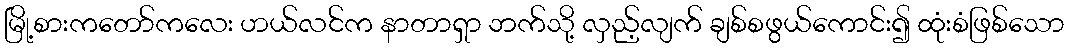
မြို့စားကတော်ကလေး ဟယ်လင်က နာတာရှာ ဘက်သို့ လှည့်လျက် ချစ်စဖွယ်ကောင်း၍ ထုံးစံဖြစ်သော